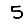
Digit: 5